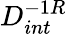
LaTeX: D_{int}^{-1R}